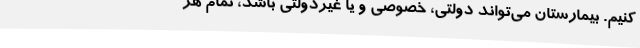
کنیم. بیمارستان می‌تواند دولتی، خصوصی و یا غیردولتی باشد، تمام هز